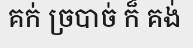
គក់ ច្របាច់ ក៏ គង់